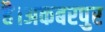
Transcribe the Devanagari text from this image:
है।अकबरपुर